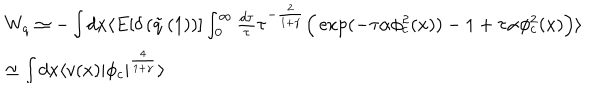
\begin{array} { l } { { W _ { q } \simeq - \int d x \langle E [ \delta \left( \tilde { q } \left( 1 \right) \right) ] \int _ { 0 } ^ { \infty } \frac { d \tau } { \tau } \tau ^ { - \frac { 2 } { 1 + \gamma } } \Big ( \exp ( - \tau \alpha \phi _ { c } ^ { 2 } ( x ) ) - 1 + \tau \alpha \phi _ { c } ^ { 2 } ( x ) \Big ) \rangle } } \\ { { \simeq \int d x \langle v ( x ) \vert \phi _ { c } \vert ^ { \frac { 4 } { 1 + \gamma } } \rangle } } \\ \end{array}